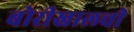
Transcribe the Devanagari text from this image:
बोरीखालची